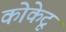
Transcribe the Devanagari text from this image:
कोकेटू